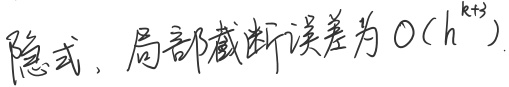
隐式，局部截断误差为 \(O(h^{k + 3})\)